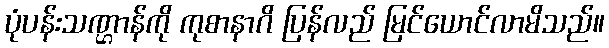
ပုံပန်းသဏ္ဌာန်ကို ကုစာနာဂိ ပြန်လည် မြင်ယောင်လာမိသည်။